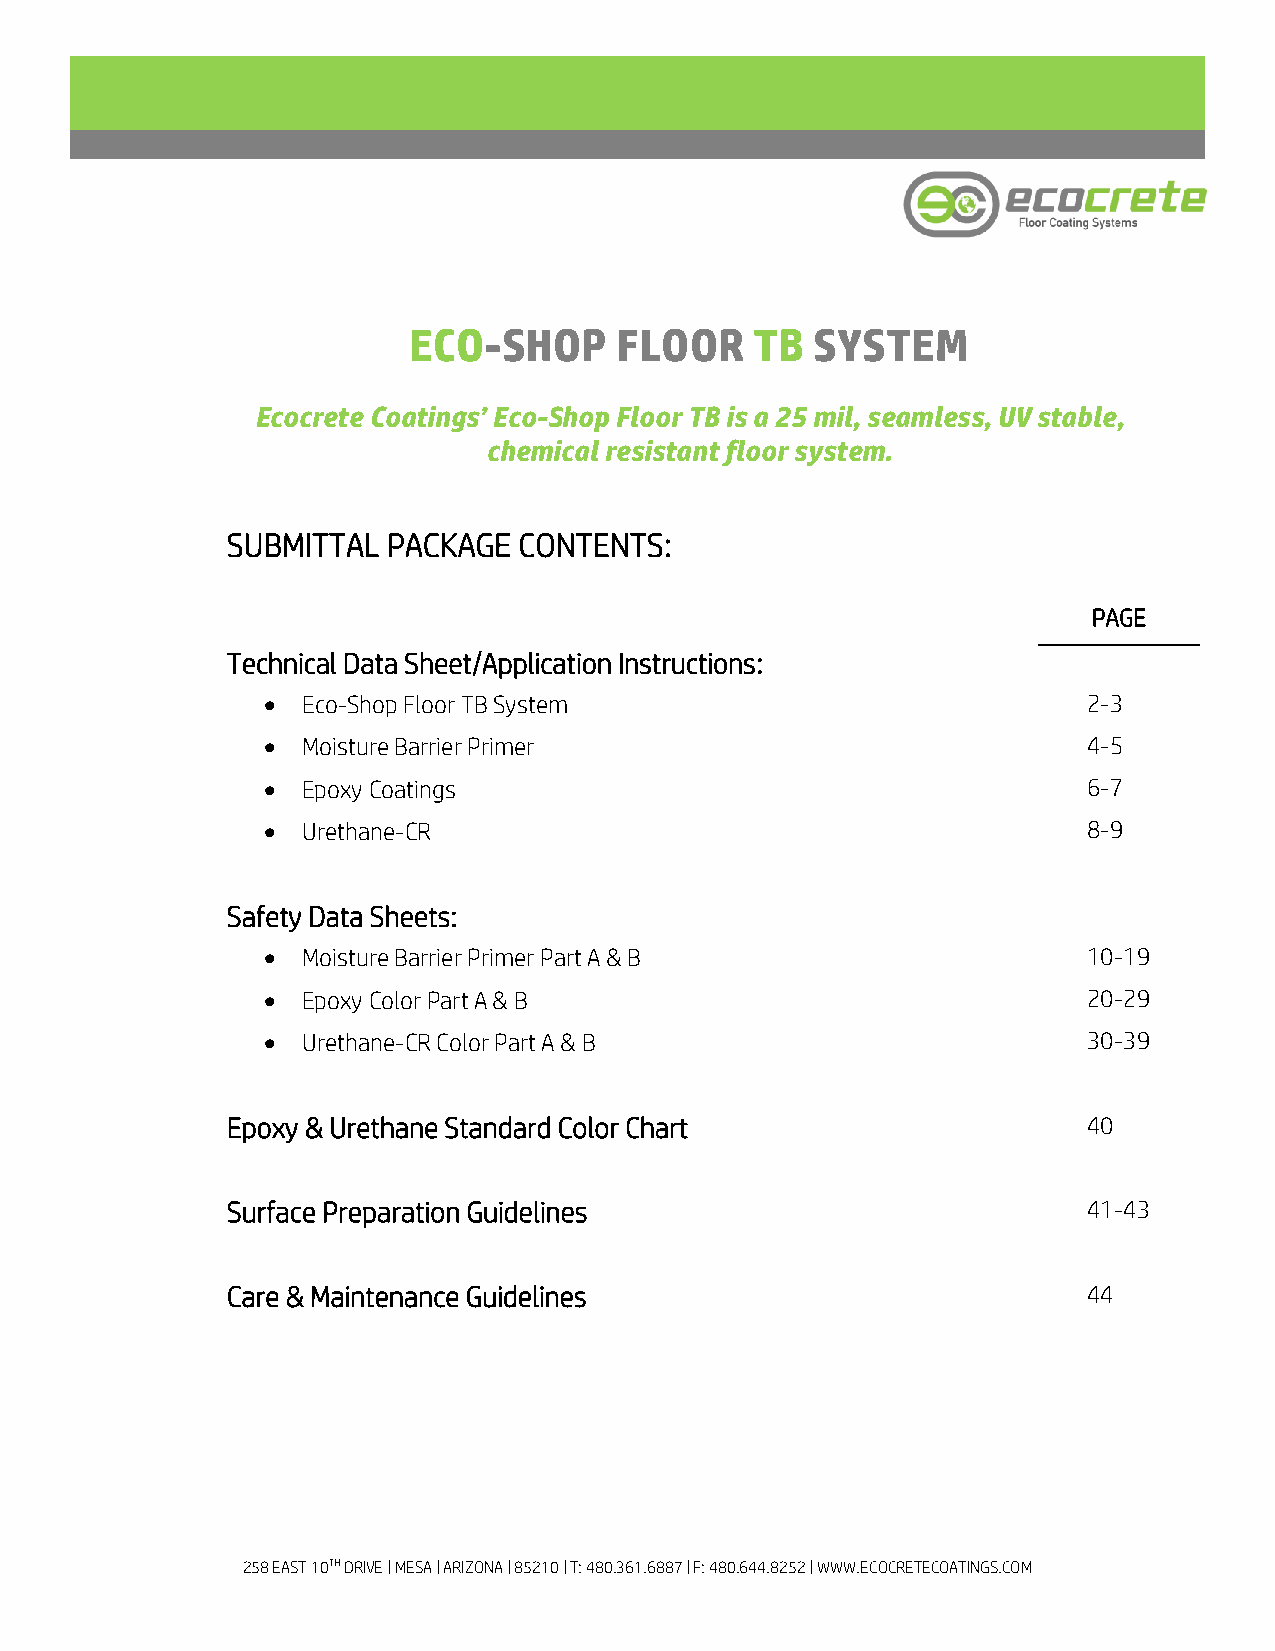
ECO-SHOP      FLOOR    TB  SYSTEM
 Ecocrete Coatings’ Eco-Shop Floor TB is a 25 mil, seamless, UV stable,
 chemical resistant floor system.
 SUBMITTAL  PACKAGE CONTENTS:
 PAGE
 Technical Data Sheet/Application Instructions:
 •  Eco-Shop Floor TB System                            2-3
 •  Moisture Barrier Primer                             4-5
 •  Epoxy Coatings                                      6-7
 •  Urethane-CR                                         8-9
 Safety Data Sheets:
 •  Moisture Barrier Primer Part A & B                  10-19
 •  Epoxy Color Part A & B                              20-29
 •  Urethane-CR Color Part A & B                        30-39
 Epoxy & Urethane Standard Color Chart                    40
 Surface Preparation Guidelines                           41-43
 Care & Maintenance Guidelines                            44
 258 EAST 10TH DRIVE | MESA | ARIZONA | 85210 | T: 480.361.6887 | F: 480.644.8252 | WWW.ECOCRETECOATINGS.COM